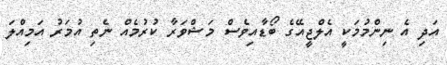
އަދި އެ ނިންމުމަކީ އެލްޖީއޭގެ ބޯޑާއިވެސް މަޝްވަރާ ކުރުމެއް ނެތި އުމަރު އަމިއްލަ